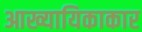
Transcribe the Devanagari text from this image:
आख्यायिकाकार